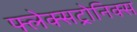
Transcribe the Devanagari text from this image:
फ्लेक्सट्रोनिक्स